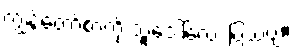
ကျွန်တော့်စာကို သူ့ဒေါ်လေး ပြသဗျ။